Lunatic asylums in Bengal annual reports 1912-1924 - 1912-1924
Year: 1912
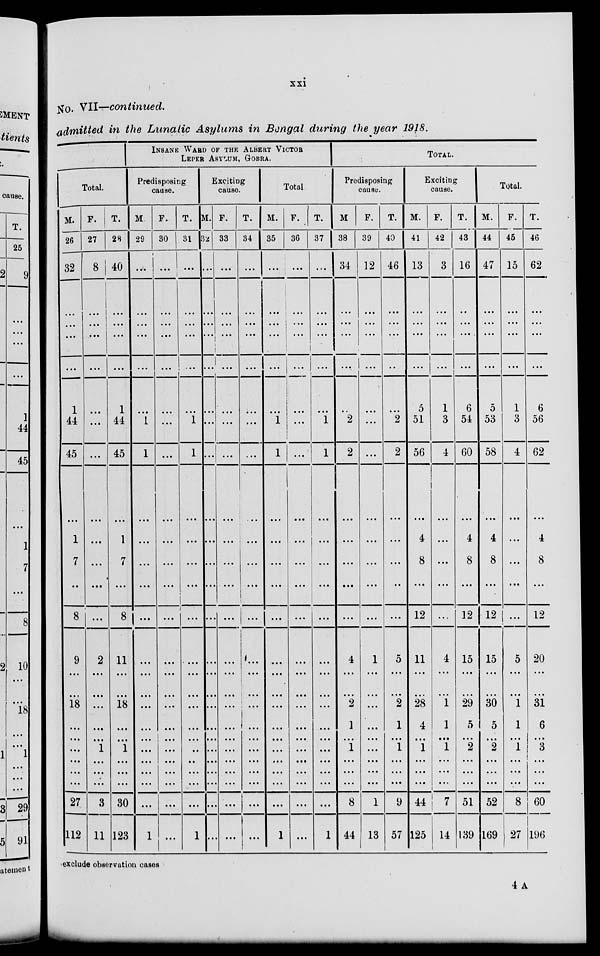
xxi
No. VII—continued.
admitted in the Lunatic Asylums in Bengal during the year 1918.
Total.
M.
26
32
...
...
...
...
1
44
45
...
1
7
...
8
9
...
...
18
...
...
...
...
...
...
27
112
F.
27
8
...
...
...
...
...
...
...
...
...
...
...
...
2
...
...
...
...
...
1
...
...
...
3
11
T.
28
40
...
...
...
...
1
44
45
...
1
7
...
8
11
...
...
18
...
...
1
...
...
...
30
123
INSANE WARD OF THE ALBERT VICTOR
LEPER ASYLUM, GOBRA.
Predisposing
cause.
M.
29
...
...
...
...
...
...
1
1
...
...
...
...
...
...
...
...
...
...
...
...
...
...
...
...
1
F.
30
...
...
...
...
...
...
...
...
...
...
...
...
...
...
...
...
...
...
...
...
...
...
...
...
...
T.
31
...
...
...
...
...
1
1
...
...
...
...
...
...
...
...
...
...
...
...
...
...
...
...
1
Exciting
cause.
M.
32
...
...
...
...
...
...
...
...
...
...
...
...
...
...
...
...
...
...
...
...
...
...
...
...
...
F.
33
...
...
...
...
...
...
...
...
...
...
...
...
...
...
...
...
...
...
...
...
...
...
...
...
...
T.
34
...
...
...
...
...
...
...
...
....
...
...
...
...
...
...
...
...
...
...
...
...
...
...
...
...
Total
M.
35
...
...
...
...
...
...
1
1
...
...
...
...
...
...
...
...
...
...
...
...
...
...
...
...
1
F.
36
...
...
...
...
...
...
...
...
...
...
...
...
...
...
...
...
...
...
...
...
...
...
...
...
...
T.
37
...
...
...
...
...
...
1
1
...
...
...
...
...
...
...
...
...
...
...
...
...
...
...
...
1
TOTAL.
Predisposing
cause.
M.
38
34
...
...
...
...
...
2
2
...
...
...
...
...
4
...
...
2
1
...
1
...
...
...
8
44
F.
39
12
...
...
...
...
...
...
...
...
...
...
...
...
1
...
...
...
...
...
...
...
...
...
1
13
T.
40
46
...
...
...
...
...
2
2
...
...
...
...
...
5
...
...
2
1
...
1
...
...
...
9
57
Exciting
cause.
M.
41
13
...
...
...
...
5
51
56
...
4
8
...
12
11
...
...
28
4
...
1
...
...
...
44
125
F.
42
3
...
...
...
...
1
3
4
...
...
...
...
...
4
...
...
1
1
...
1
...
...
...
7
14
T.
43
16
...
...
...
...
6
54
60
...
4
8
...
12
15
...
...
29
5
...
2
...
...
...
51
139
Total.
M.
44
47
...
...
...
...
5
53
58
...
4
8
...
12
15
...
...
30
5
...
2
...
...
...
52
169
F.
45
15
...
...
...
...
1
3
4
...
...
...
...
...
5
...
...
1
1
...
1
...
...
...
8
27
T.
46
62
...
...
...
...
6
56
62
...
4
8
...
12
20
...
...
31
6
...
3
...
...
...
60
196
exclude observation cases
4 A